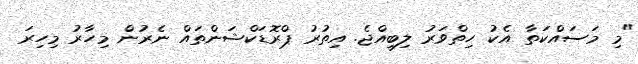
"މި މަސައްކަތާ އެކު ހިތްވަރު ލިބިއްޖެ. އިތުރު ޕްރޮޑަކްޝަންތައް ނެރުން މިހާރު މިހިރަ